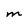
Character: M